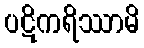
ပဋိကရိဿာမိ